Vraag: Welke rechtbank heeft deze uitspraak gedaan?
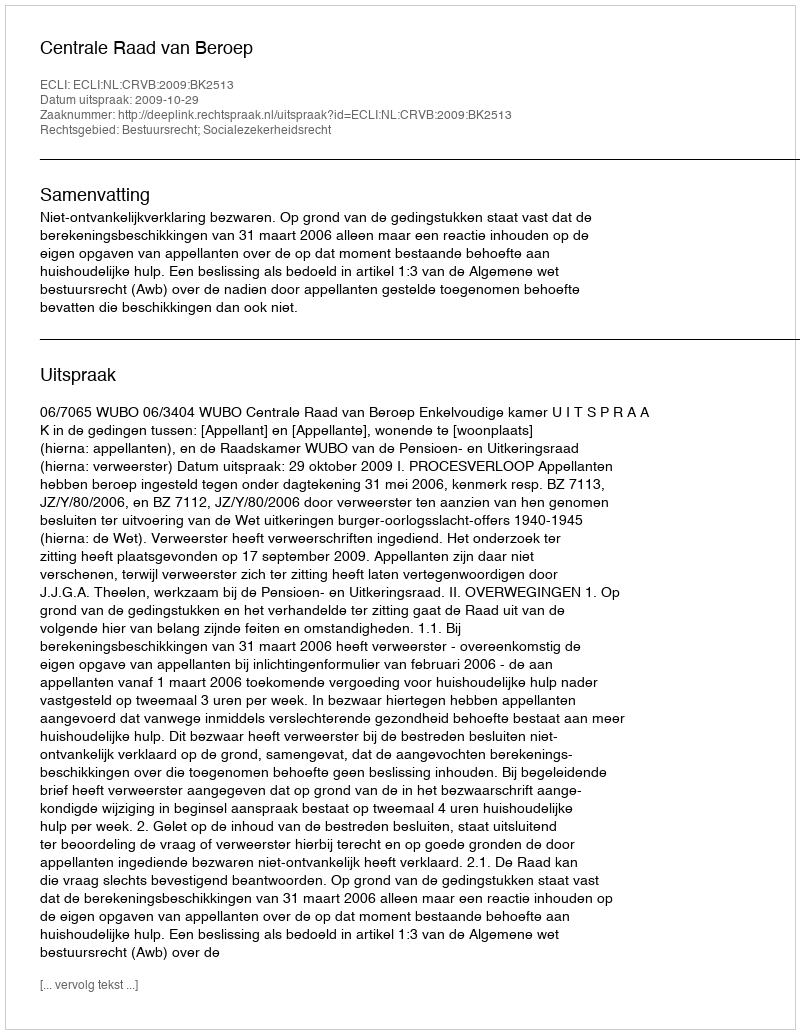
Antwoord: Centrale Raad van Beroep